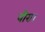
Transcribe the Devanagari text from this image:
बीरा।